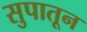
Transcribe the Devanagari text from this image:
सुपातून